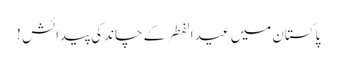
پاکستان میں عید الفطر کے چاند کی پیدائش !